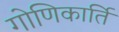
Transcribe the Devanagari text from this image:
गोणिकार्ति